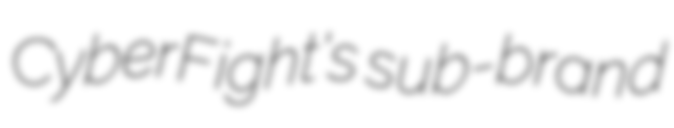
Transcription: CyberFight's sub-brand